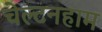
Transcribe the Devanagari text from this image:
चेल्टनहाम